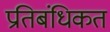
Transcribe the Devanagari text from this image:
प्रतिबंधिकत